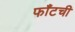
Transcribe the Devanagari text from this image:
फाँटची